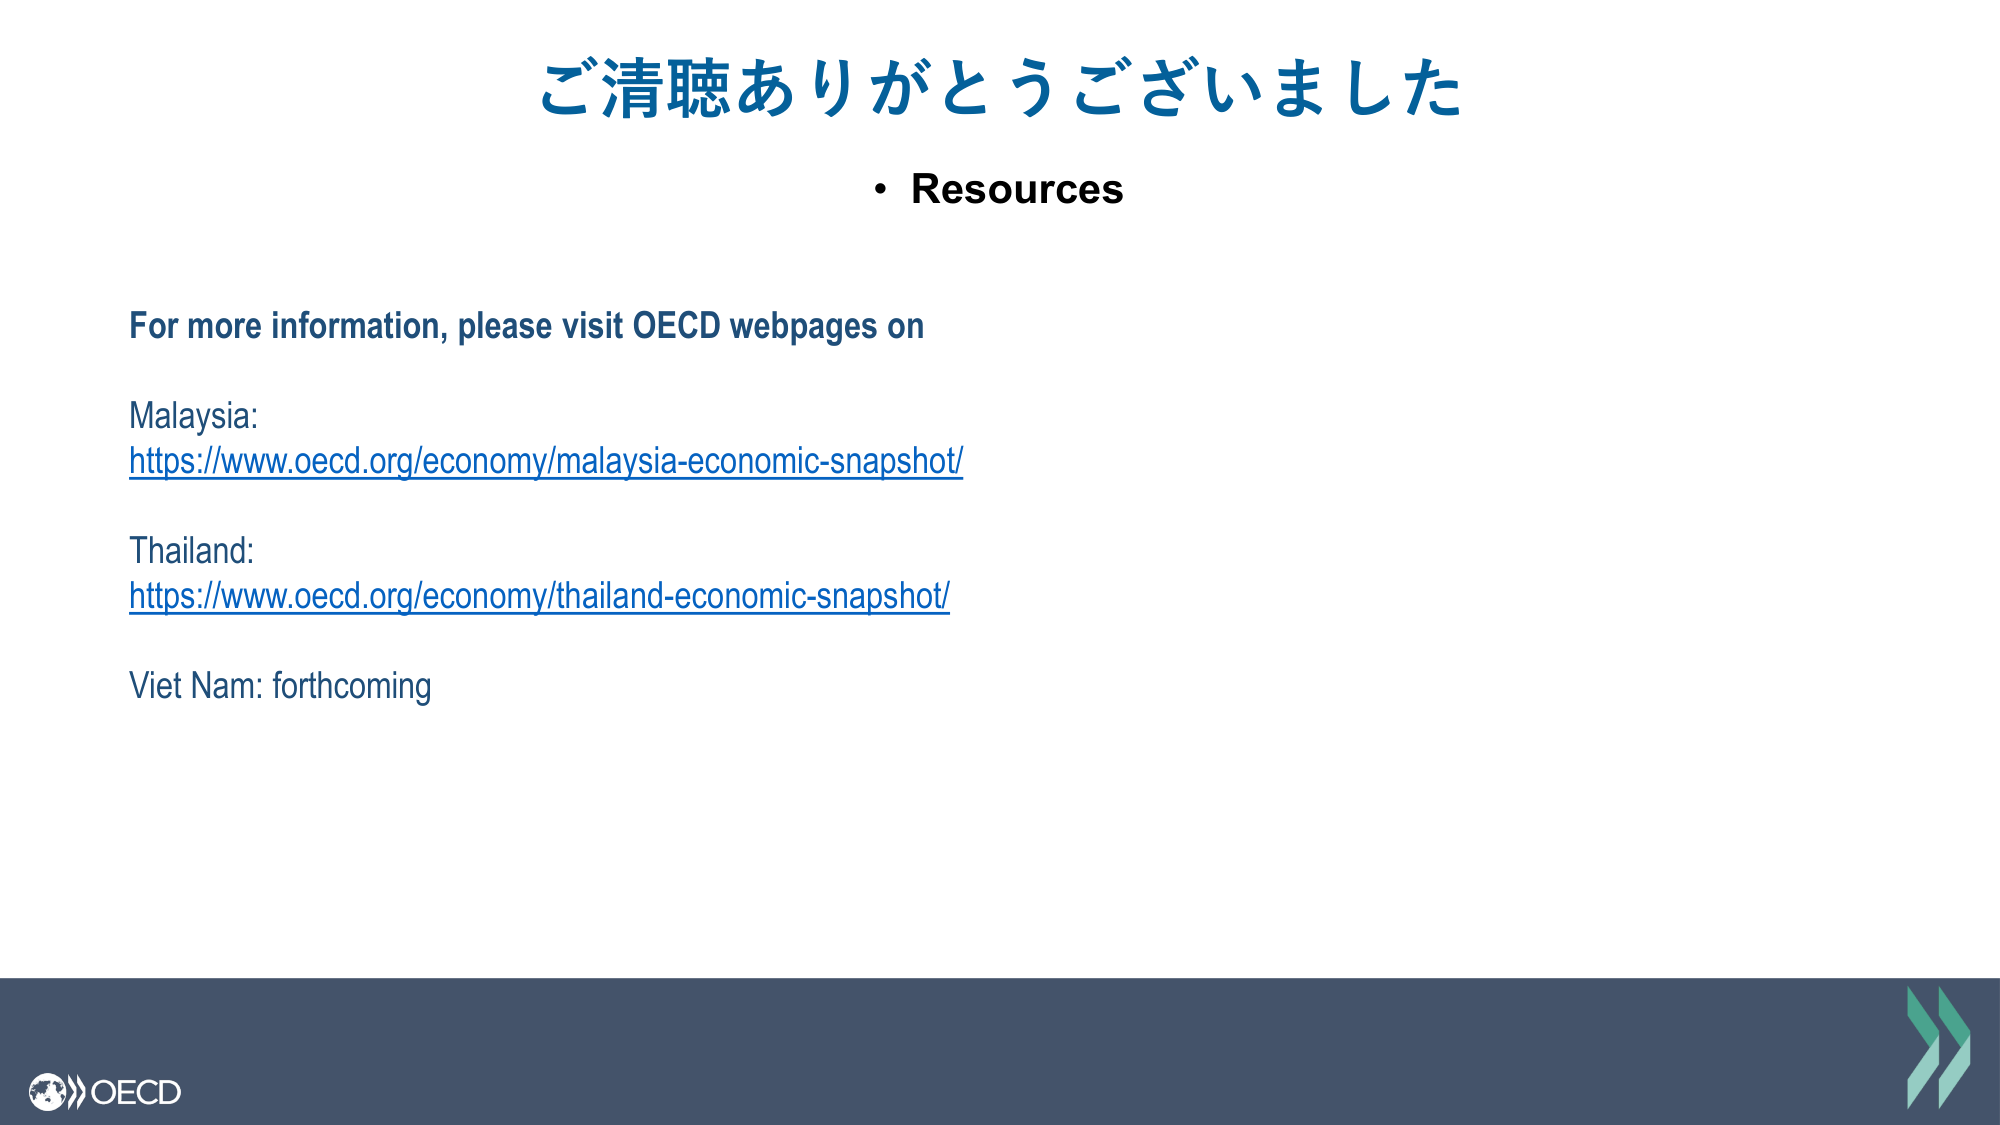
ご清聴ありがとうございました
• Resources
For more information, please visit OECD webpages on
Malaysia:
https://www.oecd.org/economy/malaysia-economic-snapshot/
Thailand:
https://www.oecd.org/economy/thailand-economic-snapshot/
Viet Nam: forthcoming
OECD